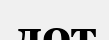
лот